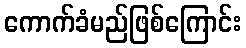
ကောက်ခံမည်ဖြစ်ကြောင်း